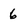
Character: 6